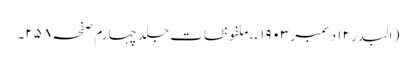
( البدر ۱۲ دسمبر ۱۹۰۳ء، ملفوظات جلد چہارم صفحہ ۲۵۸۔